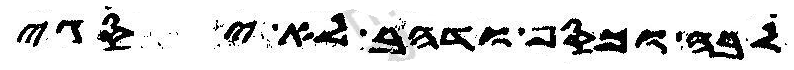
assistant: לבה וכסף ודהב לא יסגי